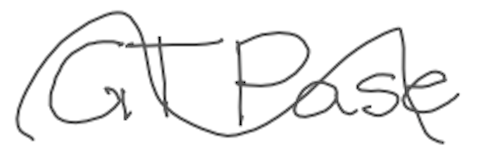
Text: GTPase
Cross-out: wave
Writing tool: digital_gray